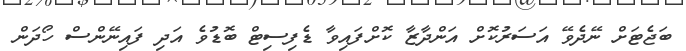
ބަޖެޓަށް ނޭދެވޭ އަސަރުކޮށް އަންދާޒާ ކޮށްފައިވާ ޑެފިސިޓް ބޮޑުވެ އަދި ފައިނޭންސް ހޯދަން